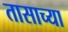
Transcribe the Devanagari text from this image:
तासाच्‍या